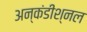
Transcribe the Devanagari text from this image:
अन्कंडीश्नल